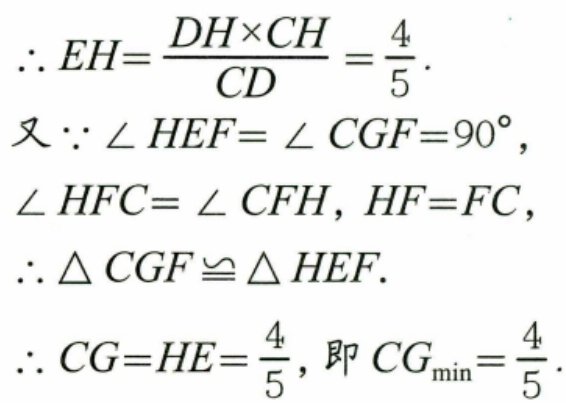
\(\therefore EH=\frac{DH\times CH}{CD}=\frac{4}{5}\).
又\(\because\angle HEF = \angle CGF = 90^{\circ}\)，\(\angle HFC = \angle CFH\)，\(HF = FC\)，
\(\therefore\triangle CGF\cong\triangle HEF\).
\(\therefore CG = HE=\frac{4}{5}\)，即\(CG_{\min}=\frac{4}{5}\).